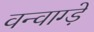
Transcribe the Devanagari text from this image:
वन्वाग्ड़े